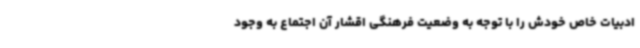
ادبیات خاص خودش را با توجه به وضعیت فرهنگی اقشار آن اجتماع به وجود